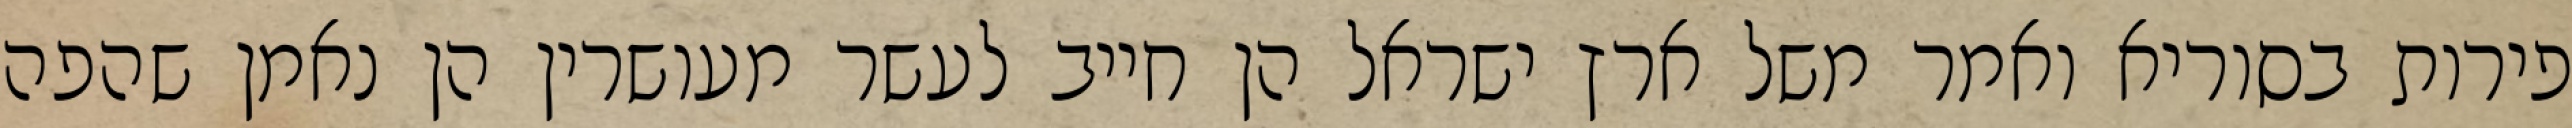
פירות בסוריא ואמר משל ארץ ישראל הן חייב לעשר מעושרין הן נאמן שהפה